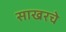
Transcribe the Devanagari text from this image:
साखरचे